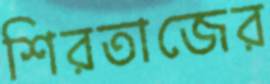
শিরতাজের